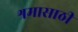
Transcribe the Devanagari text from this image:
श्रमासाठी